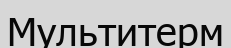
Мультитерм